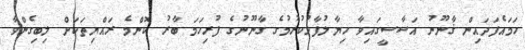
ހަމައެފަދައިން ޤާނޫނު އަސާސީގައިވާ ހިޔާލުފާޅުކުރުމުގެ ގާނޫނުގެ ފުރިހަމަ ބާރު ކޮންމެ ރައްޔިތަކަށް ލިބިގެންވާ